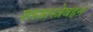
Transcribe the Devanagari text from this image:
शस्त्रास्त्रेवहन